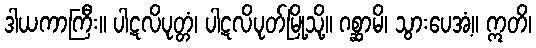
ဒါယကာကြီး။ ပါဋလိပုတ္တံ၊ ပါဋလိပုတ်မြို့သို့။ ဂစ္ဆာမိ၊ သွားပေအံ့။ ဣတိ၊